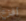
أفزع